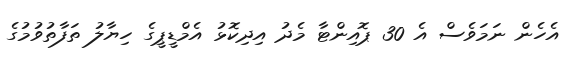
އެހެން ނަމަވެސް އެ 30 ޕޮއިންޓާ މެދު އިދިކޮޅު އެމްޑީޕީގެ ހިޔާލު ތަފާތުވުމުގެ